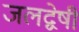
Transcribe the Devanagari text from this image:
जलद्वेषी